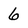
Character: 6